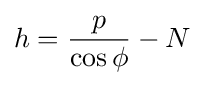
h={\frac {p}{\cos \phi }}-N